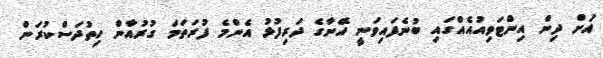
އަށް ދިން އިންޓަވިއުއެއްގައި ބުނެފައިވަނީ އޭނާގެ ދަރިފުޅު އެންމެ ފުރަތަމަ ގުރުއާން ހިތުދަސްކުރަން